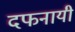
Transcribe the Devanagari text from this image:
दफनायी